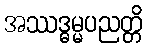
အဿဒ္ဓမ္မပညတ္တိ